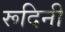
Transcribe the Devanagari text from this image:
रूदिनी